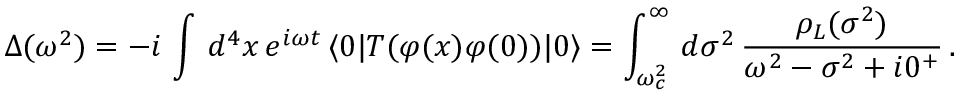
\Delta ( \omega ^ { 2 } ) = - i \, \int \, d ^ { 4 } x \, e ^ { i \omega t } \, \langle 0 | T ( \varphi ( x ) \varphi ( 0 ) ) | 0 \rangle = \int _ { \omega _ { c } ^ { 2 } } ^ { \infty } \, d \sigma ^ { 2 } \, \frac { \rho _ { L } ( \sigma ^ { 2 } ) } { \omega ^ { 2 } - \sigma ^ { 2 } + i 0 ^ { + } } \, .